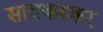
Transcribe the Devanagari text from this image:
सावकरकर